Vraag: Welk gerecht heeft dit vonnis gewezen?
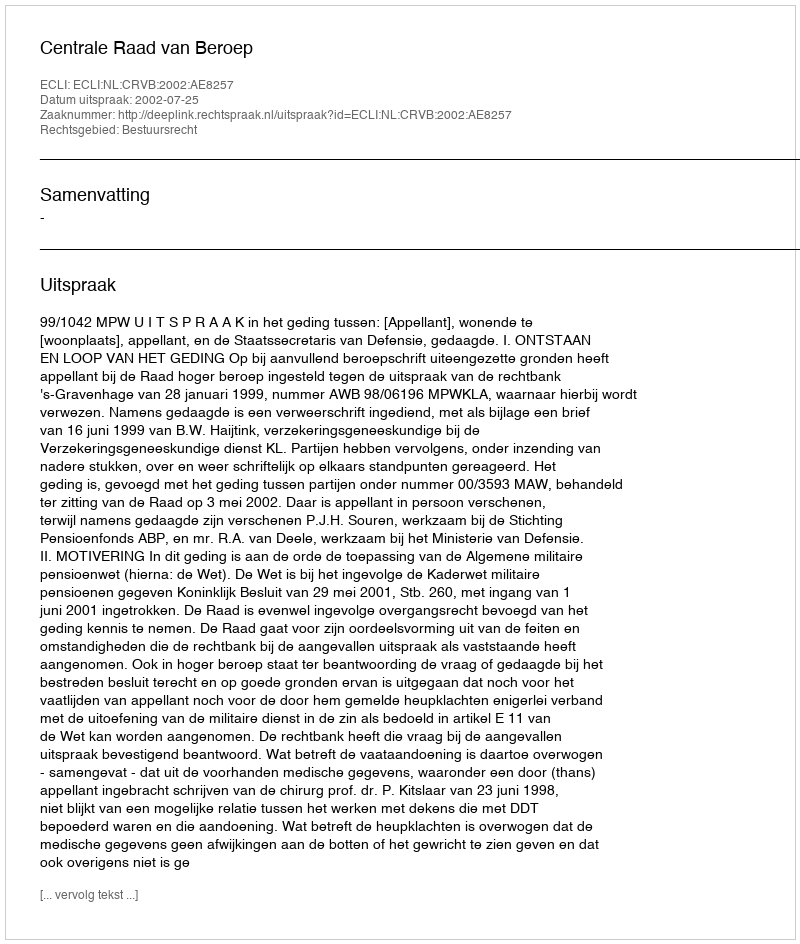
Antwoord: Centrale Raad van Beroep